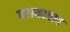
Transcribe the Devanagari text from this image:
पराकाष्ठाच